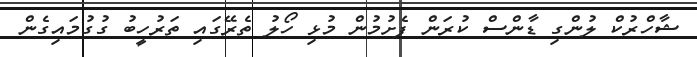
ޝާހްރުކް ލުންގި ޑާންސް ކުރަން ފެށުމުން މުޅި ހޯލު ތެރޭގައި ތަރުހީބު ގުގުމައިގެން